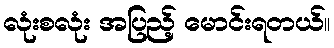
လုံးစလုံး အပြည့် မောင်းရတယ်။